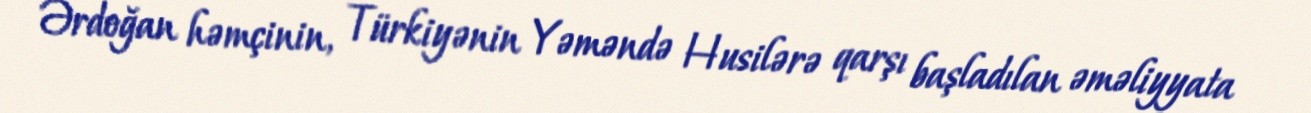
Ərdoğan həmçinin, Türkiyənin Yəməndə Husilərə qarşı başladılan əməliyyata